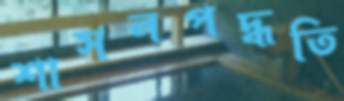
শাসনপদ্ধতি